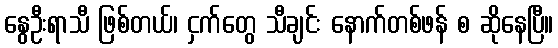
နွေဦးရာသီ ဖြစ်တယ်၊ ငှက်တွေ သီချင်း နောက်တစ်ဖန် စ ဆိုနေပြီ။